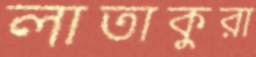
লাতাকুরা